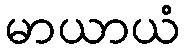
မာယာယံ